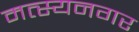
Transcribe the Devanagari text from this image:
मत्स्यनगर